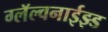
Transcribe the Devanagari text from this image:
ग्लॅल्वनाईझ्ड